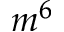
m ^ { 6 }